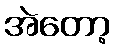
အဲတော့